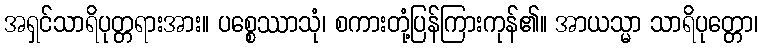
အရှင်သာရိပုတ္တရားအား။ ပစ္စေဿာသုံ၊ စကားတုံ့ပြန်ကြားကုန်၏။ အာယသ္မာ သာရိပုတ္တော၊